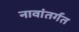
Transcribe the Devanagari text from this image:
नावांतर्गत